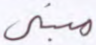
مبني